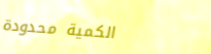
الكمية محدودة